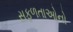
સફળતાઓનો